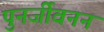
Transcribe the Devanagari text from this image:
पुनर्जीवनन